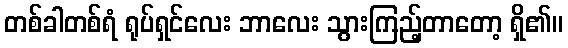
တစ်ခါတစ်ရံ ရုပ်ရှင်လေး ဘာလေး သွားကြည့်တာတော့ ရှိ၏။